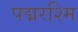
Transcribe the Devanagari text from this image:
पद्मरश्मि